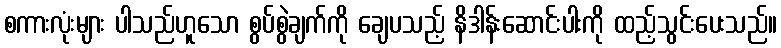
စကားလုံးများ ပါသည်ဟူသော စွပ်စွဲချက်ကို ချေပသည့် နိဒါန်းဆောင်းပါးကို ထည့်သွင်းပေးသည်။